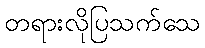
တရားလိုပြသက်သေ